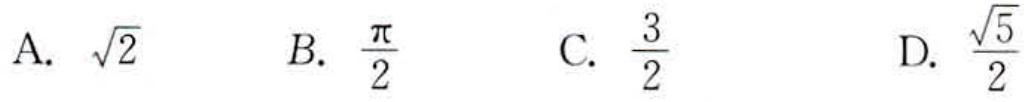
A. $\sqrt{2}$  B. $\frac{\pi}{2}$  C. $\frac{3}{2}$  D. $\frac{\sqrt{5}}{2}$